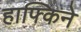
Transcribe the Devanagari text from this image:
हाफ्किने